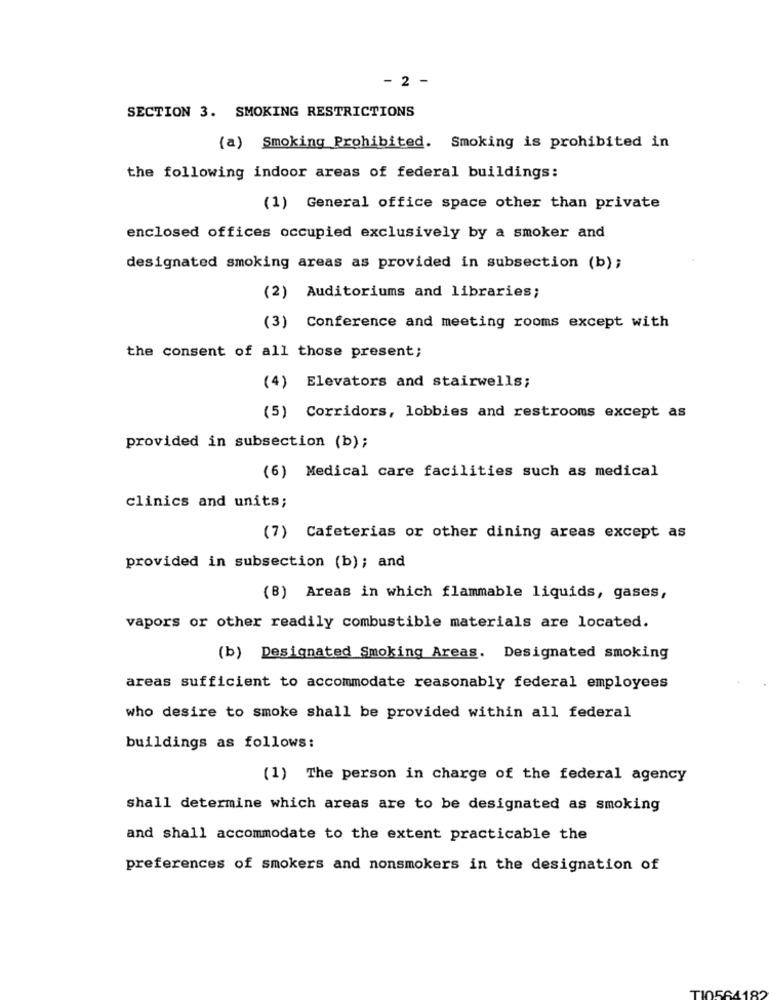
- 2 -
SECTION 3. SMOKING RESTRICTIONS
(a) Smoking Prohibited. Smoking is prohibited in
the following indoor areas of federal buildings:
(1) General office space other than private
enclosed offices occupied exclusively by a smoker and
designated smoking areas as provided in subsection (b) ;
(2) Auditoriums and libraries;
(3) Conference and meeting rooms except with
the consent of all those present;
(4) Elevators and stairwells;
(5) Corridors, lobbies and restrooms except as
provided in subsection (b);
(6) Medical care facilities such as medical
clinics and units;
(7) Cafeterias or other dining areas except as
provided in subsection (b); and
(B) Areas in which flammable liquids, gases,
vapors or other readily combustible materials are located.
(b) Designated Smoking Areas. Designated smoking
areas sufficient to accommodate reasonably federal employees
who desire to smoke shall be provided within all federal
buildings as follows:
(1) The person in charge of the federal agency
shall determine which areas are to be designated as smoking
and shall accommodate to the extent practicable the
preferences of smokers and nonsmokers in the designation of
100